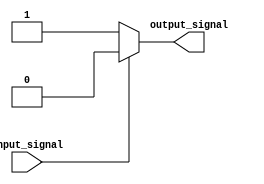
module schmitt_trigger_inverter (
    input wire input_signal,
    output wire output_signal
);
    
    reg output_signal_reg;

    always @* begin
        if (input_signal == 1'b1) begin
            output_signal_reg <= 1'b0;
        end else begin
            output_signal_reg <= 1'b1;
        end
    end
    
    assign output_signal = output_signal_reg;

endmodule